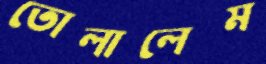
তোলালেম